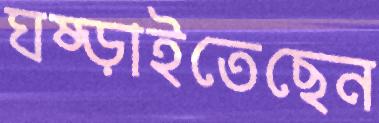
ঘষ্‌ড়াইতেছেন